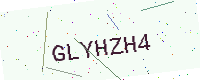
Text: GLYHZH4